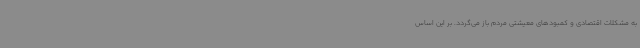
به مشکلات اقتصادی و کمبودهای معیشتی مردم باز می‌گردد. بر این اساس